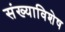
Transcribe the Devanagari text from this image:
संख्याविशेष